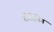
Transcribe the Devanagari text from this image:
रीसेपिंग